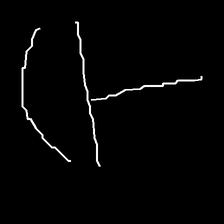
Glyph: dispersion